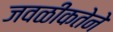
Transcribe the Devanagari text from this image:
जवळीकतेने